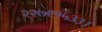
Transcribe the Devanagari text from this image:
२२७९१५३३।